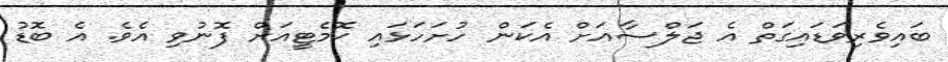
ބައިވެރިވަޑައިގަތް އެ ޖަލްސާއަށް އެކަން ހުށަހަޅައި ކޮމެޓީއަށް ފޮނުވި އެވެ. އެ ބޮޑު